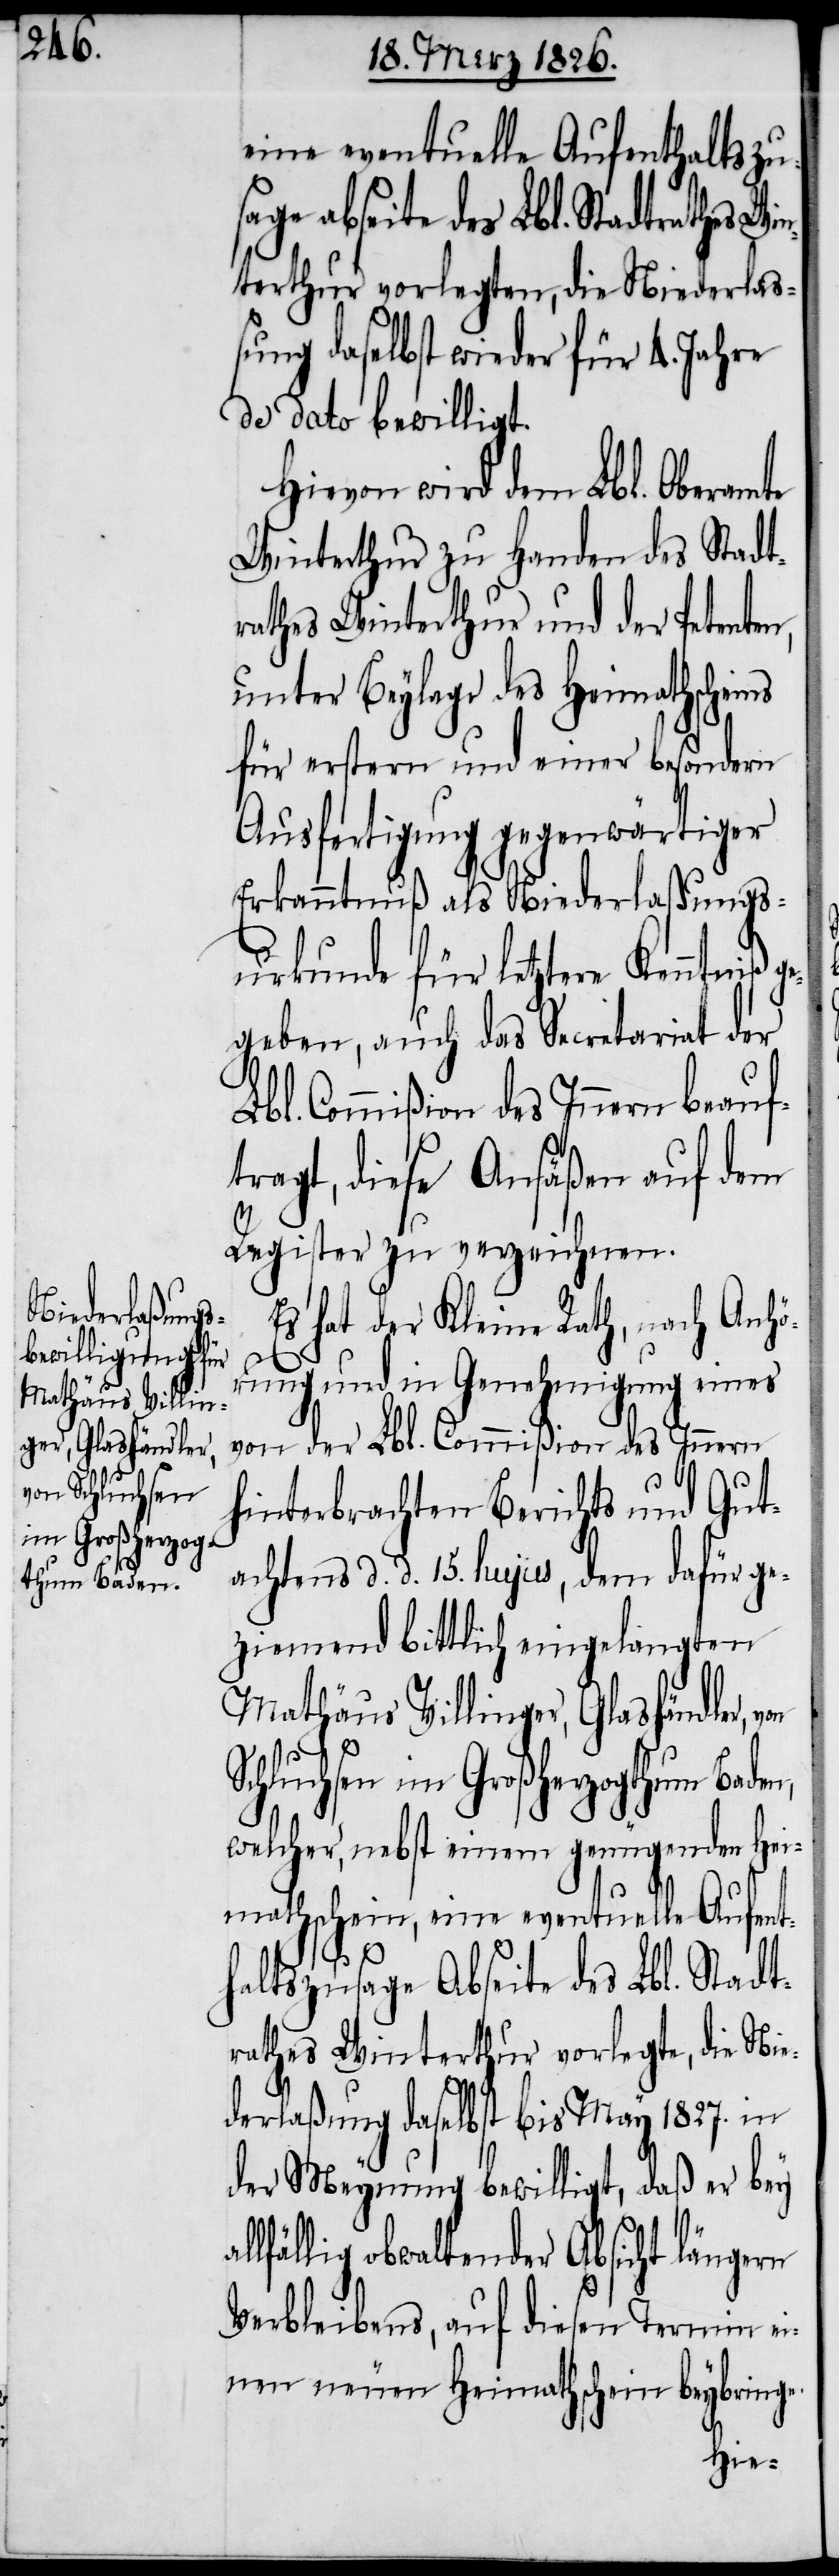
Mathäus Villin¬
ger, Glashändler,
von Schluchsen
im Großherzog¬
thum Baden,

eine eventuelle Aufenthaltszus¬
age abseite des Lbl. Stadtrathes Wi¬
nterthur vorlegten, die Niederla¬
ßung daselbst wieder für 4. Jahre
de dato bewilligt.
Hievon wird dem Lbl. Oberamte
Winterthur zu Handen des Stadt¬
rathes Winterthur und der Petenten,
unter Beylage des Heimathscheins
für erstern und einer besondern
Ausfertigung gegenwärtiger
Erkanntnuß als Niederlaßungs¬
urkunde für letztere Kenntniß ge¬
geben, auch das Secretariat der
Lbl. Commißion des Innern beauf¬
tragt, diese Ansäßen auf dem
Register zu verzeichnen.
Es hat der Kleine Rath, nach Anhö¬
rung und in Genehmigung eines
von der Lbl. Commißion des Innern
hinterbrachten Berichts und Gut¬
achtens d. d. 15. hujus, dem dafür ge¬
ziemend bittlich eingelangten
welcher, nebst einem genügenden Hei¬
mathschein, eine eventuelle Aufent¬
haltszusage Abseite des Lbl. Stadt¬
rathes Winterthur vorlegte, die Nie¬
derlaßung daselbst bis May 1827. in
der Meynung bewilligt, daß er bey
lfällig obwaltender Absicht längern
Verbleibens, auf diesen Termin ei¬
nen neuen Heimathschein beybringe.
al¬